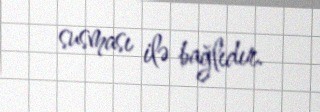
susması ilə bağlıdır.